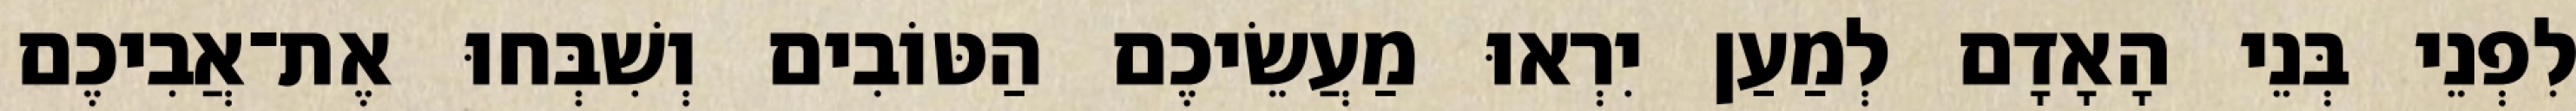
לִפְנֵי בְּנֵי הָאָדָם לְמַעַן יִרְאוּ מַעֲשֵׂיכֶם הַטּוֹבִים וְשִׁבְּחוּ אֶת־אֲבִיכֶם